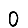
Digit: 0